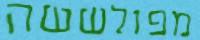
מפולששה